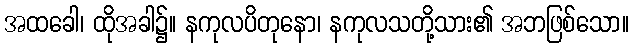
အထခေါ၊ ထိုအခါ၌။ နကုလပိတုနော၊ နကုလသတို့သား၏ အဘဖြစ်သော။